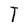
Character: T